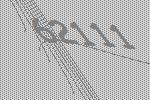
62111